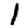
Digit: 1